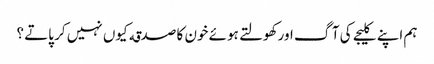
ہم اپنے کلیجے کی آگ اور کھولتے ہوئے خون کا صدقه کیوں نہیں کر پاتے ؟